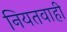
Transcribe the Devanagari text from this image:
नियतवाही